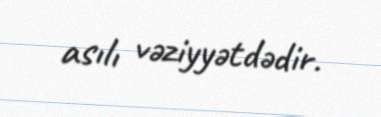
asılı vəziyyətdədir.